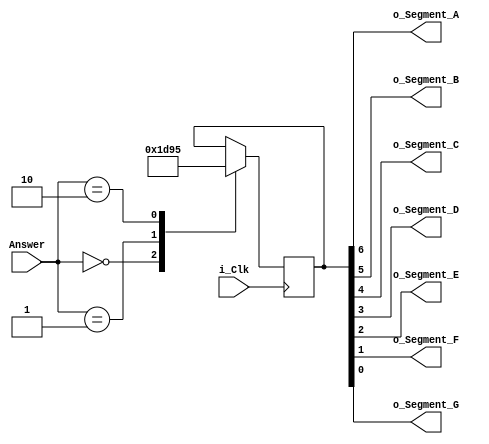
module Answer_To_Seg7
(input i_Clk,
input [2:0] Answer,
output o_Segment_A,
output o_Segment_B,
output o_Segment_C,
output o_Segment_D,
output o_Segment_E,
output o_Segment_F,
output o_Segment_G);

reg [6:0] r_Hexencoding = 7'h00;




always @(posedge i_Clk)
begin 

	case (Answer)
		4'b0000 : r_Hexencoding <= 7'h00; // Nothing shown 
		4'b0001 : r_Hexencoding <= 7'h3B; // Letter Y
		4'b0010 : r_Hexencoding <= 7'h15; // Letter 
	endcase

end 
// the bit order is ABCDEFG, starting with the MSB. The 8th MSB is not used so A starts at bit 6 
assign o_Segment_A = r_Hexencoding[6];
assign o_Segment_B = r_Hexencoding[5];
assign o_Segment_C = r_Hexencoding[4];
assign o_Segment_D = r_Hexencoding[3];
assign o_Segment_E = r_Hexencoding[2];
assign o_Segment_F = r_Hexencoding[1];
assign o_Segment_G = r_Hexencoding[0];

endmodule